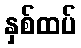
နှစ်ထပ်